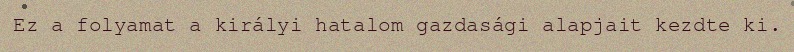
Ez a folyamat a királyi hatalom gazdasági alapjait kezdte ki.